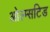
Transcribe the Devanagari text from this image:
ओल्म्सटिड